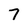
Character: 7